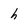
Character: h